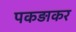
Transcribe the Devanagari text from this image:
पकड़ाकर